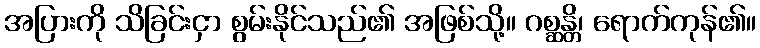
အပြားကို သိခြင်းငှာ စွမ်းနိုင်သည်၏ အဖြစ်သို့။ ဂစ္ဆန္တိ၊ ရောက်ကုန်၏။